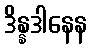
ဒိန္နဒါနေန